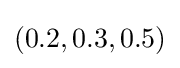
(0.2,0.3,0.5)